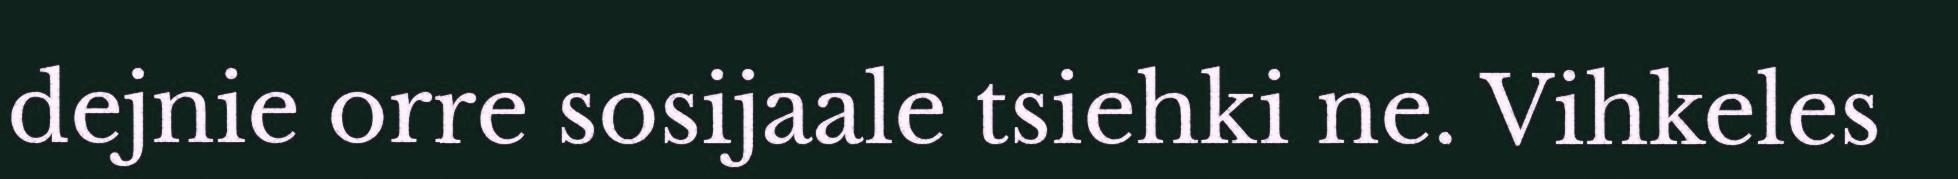
dejnie orre sosijaale tsiehki ne. Vihkeles